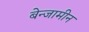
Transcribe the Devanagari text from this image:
बेन्जामीन